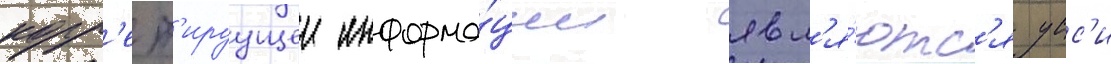
корр'ект'ируущеи информа́ции явл'я́ютс'я усс'и